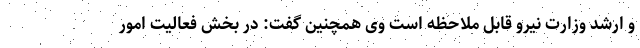
و ارشد وزارت نیرو قابل ملاحظه است وی همچنین گفت: در بخش فعالیت امور